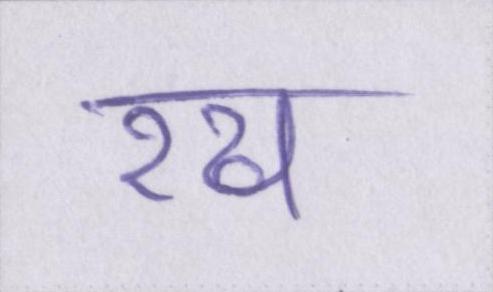
रख